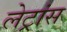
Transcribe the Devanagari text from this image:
लेट्रांस